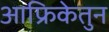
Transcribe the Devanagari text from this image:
आफ्रिकेतुन